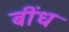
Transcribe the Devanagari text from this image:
बींध